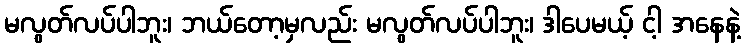
မလွတ်လပ်ပါဘူး၊ ဘယ်တော့မှလည်း မလွတ်လပ်ပါဘူး၊ ဒါပေမယ့် ငါ့ အနေနဲ့